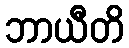
ဘာယီတိ